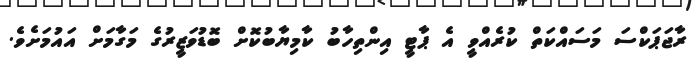
ރާޖަޕަކްސަ މަސައްކަތް ކުރެއްވީ އެ ޕާޓީ އިންތިހާބު ކާމިޔާބުކޮށް ބޮޑުވަޒީރުގެ މަގާމަށް އައުމަށެވެ.